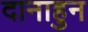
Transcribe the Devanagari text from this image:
दानाहुन